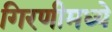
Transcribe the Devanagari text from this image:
गिरणीमध्ये